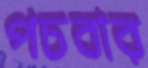
পচবার